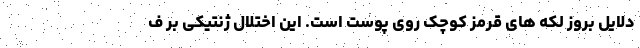
دلایل بروز لکه های قرمز کوچک روی پوست است. این اختلال ژنتیکی بر ف